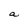
Character: a